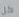
كل